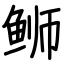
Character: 𫚕